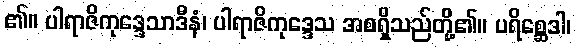
၏။ ပါရာဇိကုဒ္ဒေသာဒီနံ၊ ပါရာဇိကုဒ္ဒေသ အစရှိသည်တို့၏။ ပရိစ္ဆေဒါ၊